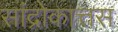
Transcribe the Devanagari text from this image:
सांद्रोकात्तस